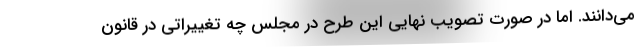
می‌دانند. اما در صورت تصویب نهایی این طرح در مجلس چه تغییراتی در قانون